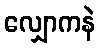
လျှောကနဲ